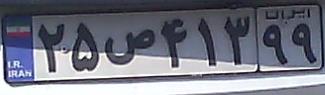
۲۵ص۴۱۳۹۹